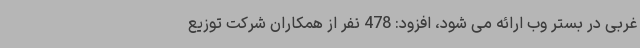
غربی در بستر وب ارائه می شود، افزود: 478 نفر از همکاران شرکت توزیع